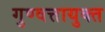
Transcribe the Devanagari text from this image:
गुण्वत्तायुक्त